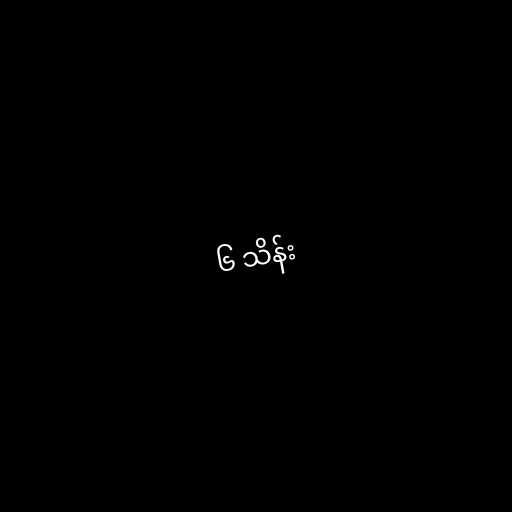
၆ သိန်း